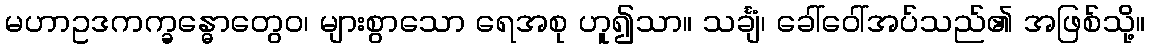
မဟာဥဒကက္ခန္ဓောတွေဝ၊ များစွာသော ရေအစု ဟူ၍သာ။ သင်္ချံ၊ ခေါ်ဝေါ်အပ်သည်၏ အဖြစ်သို့။